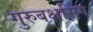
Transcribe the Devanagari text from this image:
गुरुबक्षसिंग